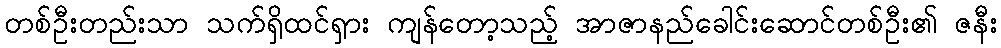
တစ်ဦးတည်းသာ သက်ရှိထင်ရှား ကျန်တော့သည့် အာဇာနည်ခေါင်းဆောင်တစ်ဦး၏ ဇနီး